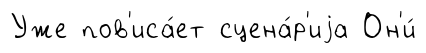
Уже пов'иса́ет сцена́р'иjа Он'и́